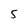
Character: 5